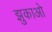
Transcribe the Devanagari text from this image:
झुकाओ